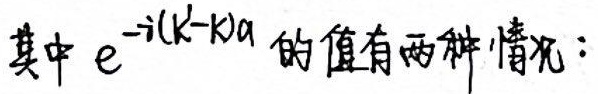
其中\(e^{-i(k'-k)a}\)的值有两种情况：